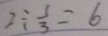
2 \div \frac { 1 } { 3 } = 6